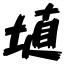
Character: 埴